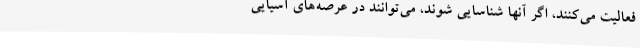
فعالیت می‌کنند، اگر آنها شناسایی شوند، می‌توانند در عرصه‌های آسیایی